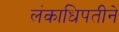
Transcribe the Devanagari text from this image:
लंकाधिपतीने